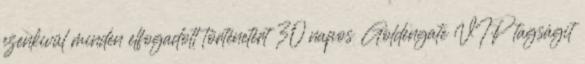
ezenkivül minden elfogadott történetért 30 napos Goldengate VIP tagságit